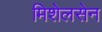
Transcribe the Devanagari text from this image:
मिशेलसेन